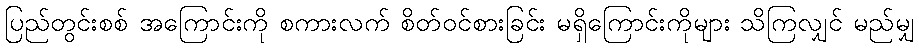
ပြည်တွင်းစစ် အကြောင်းကို စကားလက် စိတ်ဝင်စားခြင်း မရှိကြောင်းကိုများ သိကြလျှင် မည်မျှ